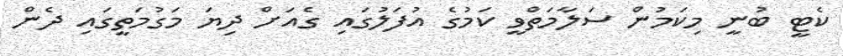
ކެޓީ ބުނީ މިކަމުން ސަލާމަތްވީ ކަމުގެ އުފަލުގައި ގެއަށް ދިޔަ މަގުމަތީގައި ދެން